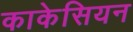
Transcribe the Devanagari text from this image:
काकेसियन